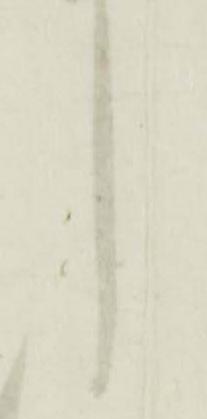
し